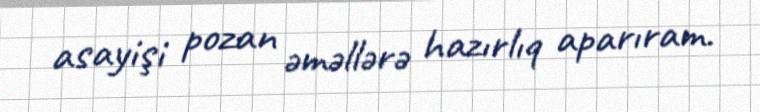
asayişi pozan əməllərə hazırlıq aparıram.